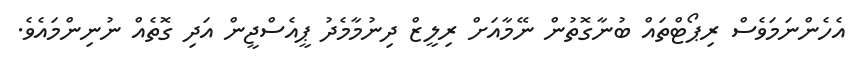
އެހެންނަމަވެސް ރިޕޯޓްތައް ބުނާގޮތުން ނޭމާއަށް ރިލީޒް ދިނުމާމެދު ޕީއެސްޖީން އަދި ގޮތެއް ނުނިންމައެވެ.